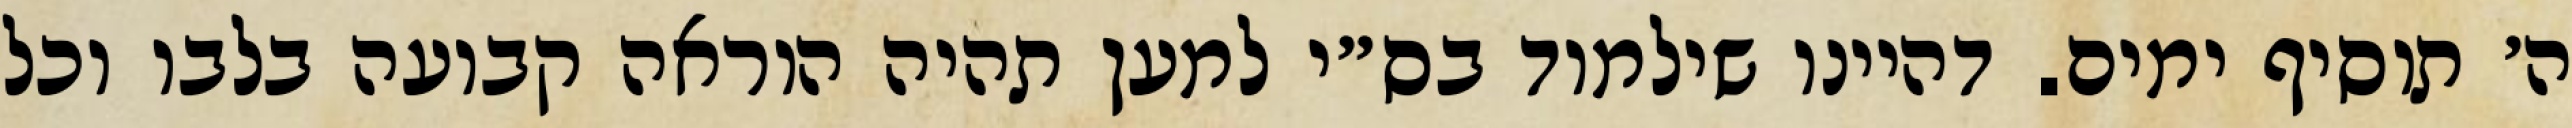
ה׳ תוסיף ימים. דהיינו שילמוד בס״י למען תהיה הוראה קבועה בלבו וכל